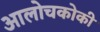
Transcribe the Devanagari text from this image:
आलोचकोकी